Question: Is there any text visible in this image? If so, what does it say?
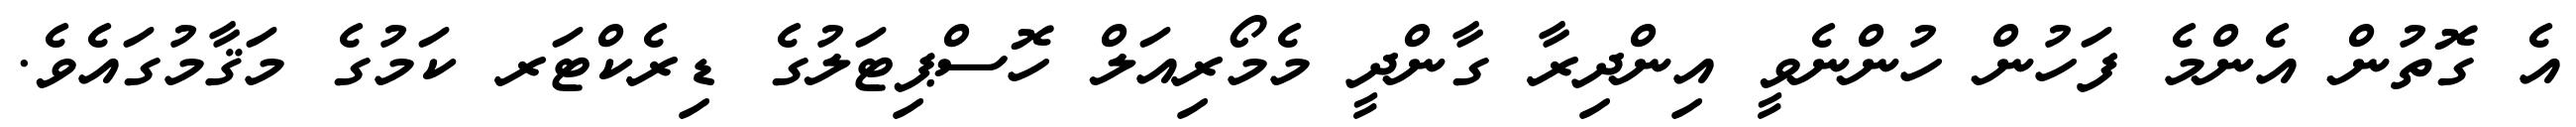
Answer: އެ ގޮތުން އެންމެ ފަހުން ހުންނެވީ އިންދިރާ ގާންދީ މެމޯރިއަލް ހޮސްޕިޓަލުގެ ޑިރެކްޓަރ ކަމުގެ މަޤާމުގައެވެ.